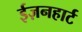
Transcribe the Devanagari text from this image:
ईज़नहार्ट